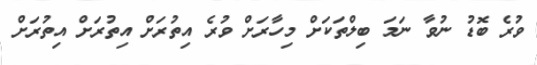
ވުރެ ބޮޑު ނުވާ ނަމަ ބިލްތަކަށް މިހާރަށް ވުރެ އިތުރަށް އިތުރަށް އިތުރަށް